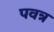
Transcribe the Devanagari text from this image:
पवत्र